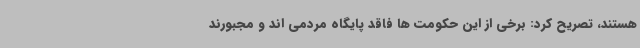
هستند، تصریح کرد: برخی از این حکومت ها فاقد پایگاه مردمی اند و مجبورند